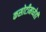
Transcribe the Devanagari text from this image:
कसोटीमध्येही